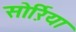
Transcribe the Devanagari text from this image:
सोर्ऱिया